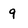
Character: 9